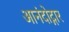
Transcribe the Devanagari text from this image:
आनंदोद्गार